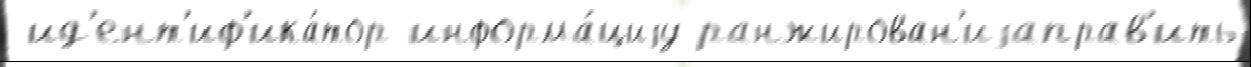
 ид'ент'иф'ика́тор информа́циjу ранжирован'иjаправ'ить